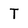
Character: T